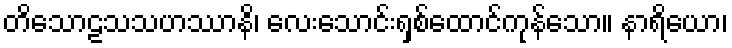
တိသောဠသသဟဿာနိ၊ လေးသောင်းရှစ်ထောင်ကုန်သော။ နာရိယော၊